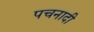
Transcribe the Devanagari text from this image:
पचनादी